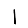
Digit: 1